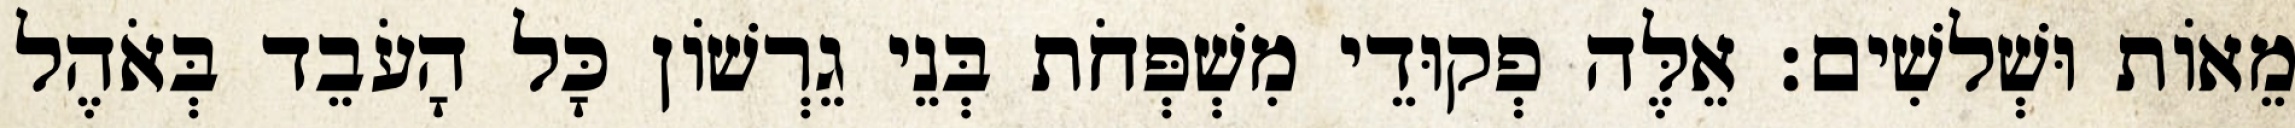
מֵאוֹת וּשְׁלשִׁים׃ אֵלֶּה פְקוּדֵי מִשְׁפְּחֹת בְּנֵי גֵרְשׁוֹן כָּל הָעֹבֵד בְּאֹהֶל